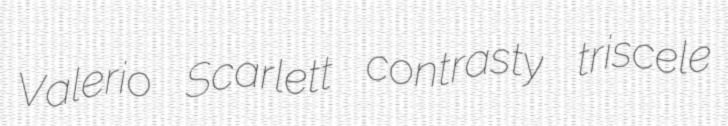
Valerio Scarlett contrasty triscele